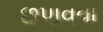
છપાવવા